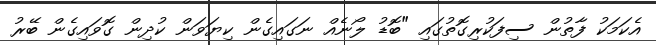
އެކަމަކު ފާތުން ސިފަކުރިގޮތުގައި "ބޮޑު ލޯނެއް ނަގައިގެން ކިޔަވަން ކުދިން ގޮވައިގެން ބޭރު